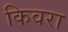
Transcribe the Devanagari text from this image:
किवरा